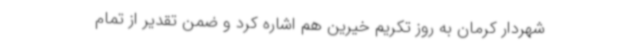
شهردار کرمان به روز تکریم خیرین هم اشاره کرد و ضمن تقدیر از تمام